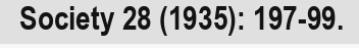
Society 28 (1935): 197-99.